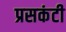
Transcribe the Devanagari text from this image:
प्रसकंटी